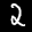
Label: 2